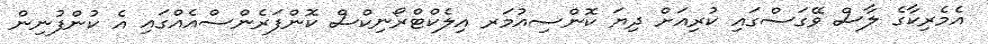
އެމެރިކާގެ ލާސް ވޭގަސްގައި ކުރިއަށް ދިޔަ ކޮންސިއުމަރ އިލެކްޓްރޯނިކްސް ކޮންފަރެންސްއެއްގައި އެ ކުންފުނިން